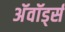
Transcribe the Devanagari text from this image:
अॅवॉर्ड्स